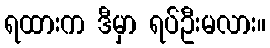
ရထားက ဒီမှာ ရပ်ဦးမလား။